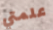
علمتي